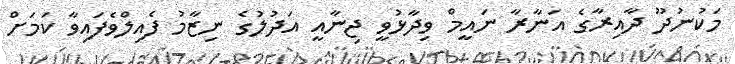
މަކުނުދޫ ދާއިރާގެ އަނާރާ ނައީމް ވިދާޅުވީ ޖިނާއީ އަދުލުގެ ނިޒާމު ފެއިލްވެފައިވާ ކަމަށް